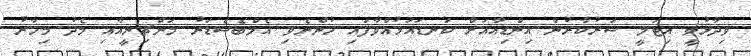
ވިދާޅުވީ އިޓަލީ ސަރުކާރުން އިންޑިއާއަށް ކަނޑައަޅުއްވާފައި ހުންނެވި އެމްބެސެޑަރު މަންޗިނީއާއި މެދު މިހާރު